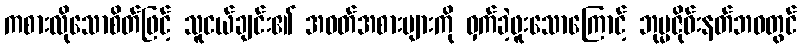
ကစားလိုသောစိတ်ဖြင့် သူငယ်ချင်း၏ အဝတ်အစားများကို ဝှက်ခဲ့ဖူးသောကြောင့် ဘုမ္မဇိုဝ်းနတ်ဘဝတွင်